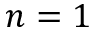
n = 1